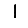
Digit: 1